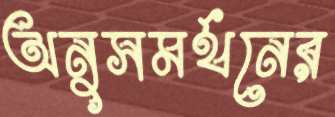
অনুসমর্থনের